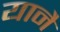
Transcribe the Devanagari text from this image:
यानै